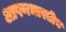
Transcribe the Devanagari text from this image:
आपणभारतीय